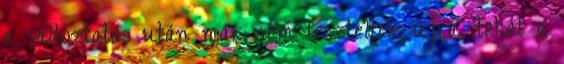
a változtatás után már nem teszteltek újra, tehát a